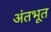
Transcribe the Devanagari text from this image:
अंतभूत